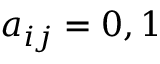
a _ { i j } = 0 , 1